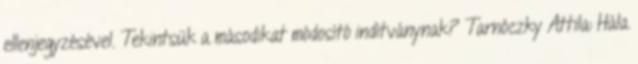
ellenjegyzésével. Tekintsük a másodikat módosító indítványnak? Tarnóczky Attila: Hála